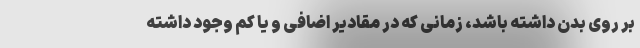
بر روی بدن داشته باشد، زمانی که در مقادیر اضافی و یا کم وجود داشته